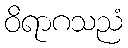
ဝိရာဂသညံ